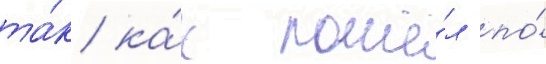
та́к ка́к пошё́л по́